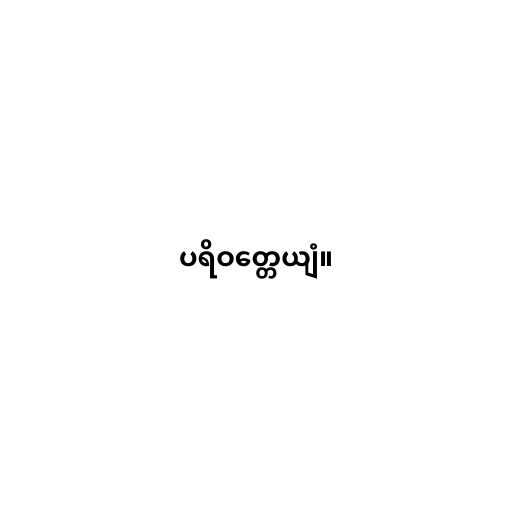
ပရိဝတ္တေယျံ။